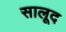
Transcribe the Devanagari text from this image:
सालूद